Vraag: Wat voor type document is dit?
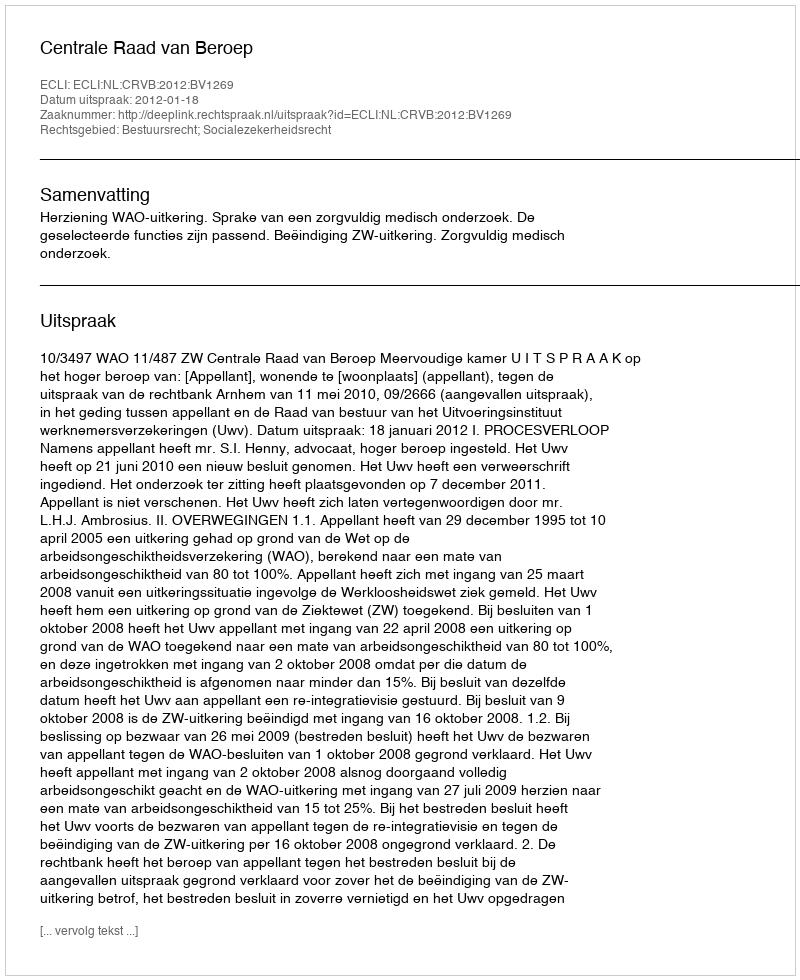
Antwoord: Uitspraak